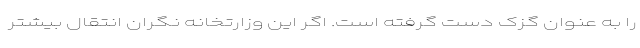
را به عنوان گزک دست گرفته است. اگر این وزارتخانه نگران انتقال بیشتر